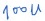
Text: 100u